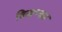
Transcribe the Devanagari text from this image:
विखण्ड्य